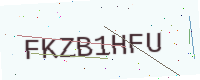
Text: FKZB1HFU